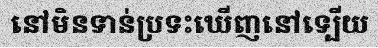
នៅមិនទាន់ប្រទះឃើញនៅទ្បើយ